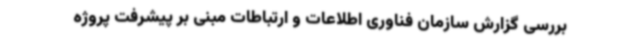
بررسی گزارش سازمان فناوری اطلاعات و ارتباطات مبنی بر پیشرفت پروژه